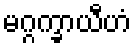
မဂ္ဂက္ခာယီဟံ